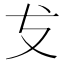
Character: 𭣔